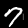
Label: 7